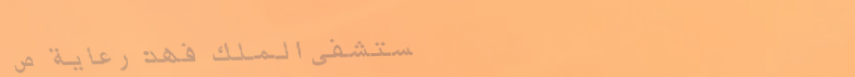
مستشفى الملك فهد: رعاية ص